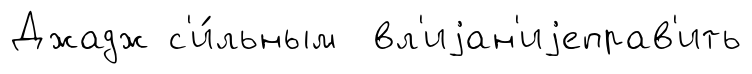
Джадж с'и́льным вл'иjан'иjеправ'ить